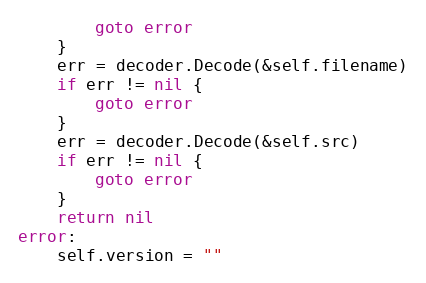
Language: Go
		goto error
	}
	err = decoder.Decode(&self.filename)
	if err != nil {
		goto error
	}
	err = decoder.Decode(&self.src)
	if err != nil {
		goto error
	}
	return nil
error:
	self.version = ""